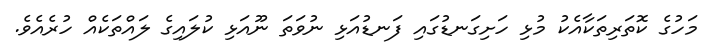
މަހުގެ ކޮތަރިތަކާއެކު މުޅި ހަށިގަނޑުގައި ފަނޑުއަޅި ނުވަތަ ނޫއަޅި ކުލައިގެ ލައްތަކެއް ހުރެއެވެ.